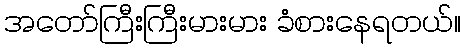
အတော်ကြီးကြီးမားမား ခံစားနေရတယ်။